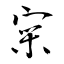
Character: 寀